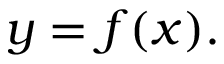
y = f ( { \boldsymbol { x } } ) .